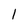
Character: l